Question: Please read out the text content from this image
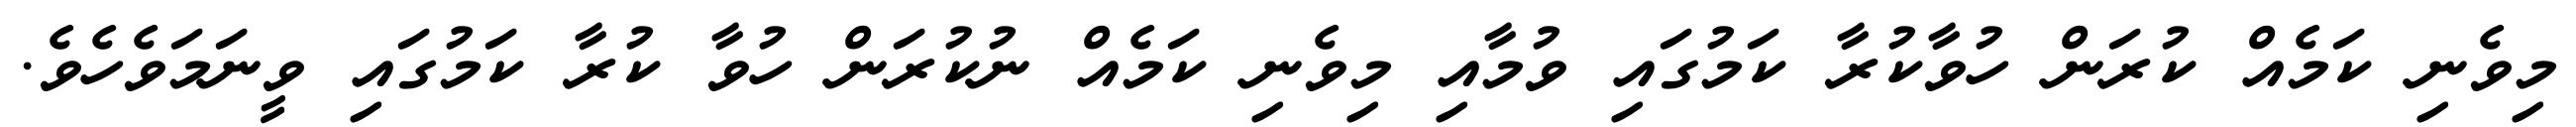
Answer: މިވެނި ކަމެއް ކުރަން ހުވާކުރާ ކަމުގައި ވުމާއި މިވެނި ކަމެއް ނުކުރަން ހުވާ ކުރާ ކަމުގައި ވީނަމަވެހެވެ.